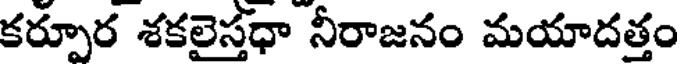
కర్పూర శకలైస్తధా నీరాజనం మయాదత్తం